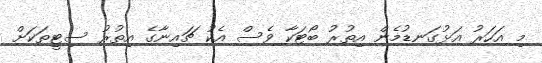
މި އަހަރު އަޅުގަނޑުމެން އިތުރު ބޯޓަކާ ވެސް އެކު ޗައިނާގެ އިތުރު ސިޓީތަކަށް